Notes on vaccination in the North-West Frontier Province 1923-1928 - 1923-1928
Year: 1923
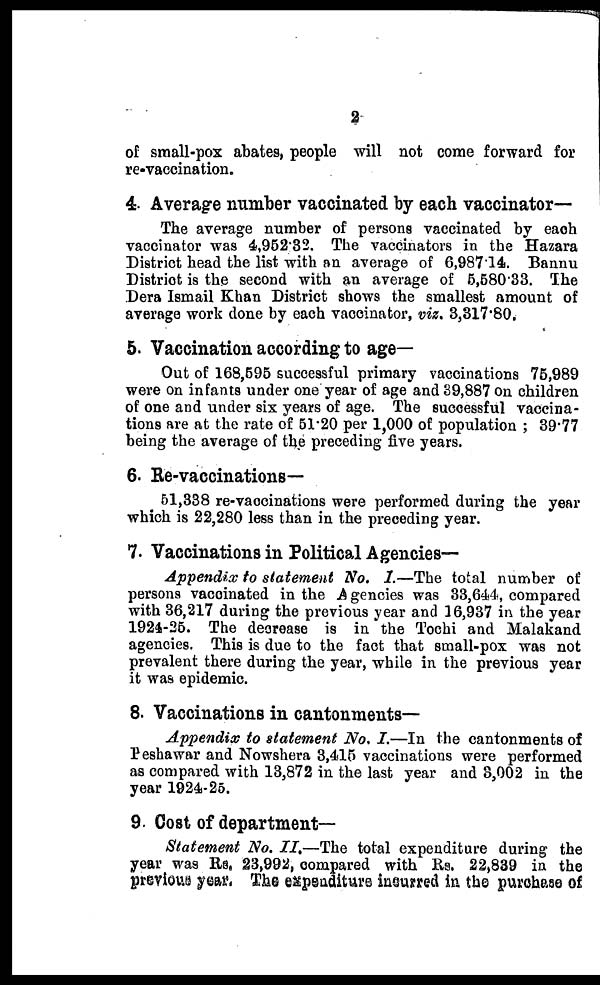
2
of small-pox abates, people will not come forward for
re-vaccination.
4. Average number vaccinated by each vaccinator—
The average number of persons vaccinated by each
vaccinator was 4,952.32. The vaccinators in the Hazara
District head the list with an average of 6,987.14. Bannu
District is the second with an average of 5,580.33. The
Dera Ismail Khan District shows the smallest amount of
average work done by each vaccinator, viz, 3,317.80.
5. Vaccination according to age-
Out of 168,595 successful primary vaccinations 75,989
were on infants under one year of age and 39,887 on children
of one and under six years of age. The successful vaccina-
tions are at the rate of 51.20 per 1,000 of population ; 39.77
being the average of the preceding five years.
6. Re-vaccinations—
51,338 re-vaccinations were performed during the year
which is 22,280 less than in the preceding year.
7. Vaccinations in Political Agencies—
Appendix to statement No. I.—The total number of
persons vaccinated in the Agencies was 33,644, compared
with 36,217 during the previous year and 16,937 in the year
1924-25. The decrease is in the Tochi and Malakand
agencies. This is due to the fact that small-pox was not
prevalent there during the year, while in the previous year
it was epidemic.
8. Vaccinations in cantonments—
Appendix to statement No. I.—In the cantonments of
Peshawar and Nowshera 3,415 vaccinations were performed
as compared with 13,872 in the last year and 3,002 in the
year 1924-25.
9. Cost of department—
Statement No. II.—The total expenditure during the
year was Rs. 23,992, compared with Rs. 22,839 in the
previous year. The expenditure incurred in the purchase of